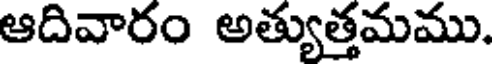
ఆదివారం అత్యుత్తమము.